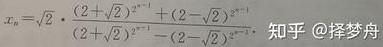
$x_{n}=\sqrt{2}\cdot\frac{(2 + \sqrt{2})^{2^{n - 1}}+(2 - \sqrt{2})^{2^{n - 1}}}{(2 + \sqrt{2})^{2^{n - 1}}-(2 - \sqrt{2})^{2^{n - 1}}}$